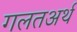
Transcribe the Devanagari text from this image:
गलतअर्थ